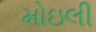
મોઇલી